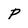
Character: P